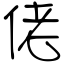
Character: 佬